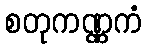
စတုကဏ္ဏကံ